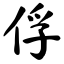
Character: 俘